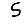
Digit: 5